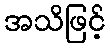
အသိဖြင့်